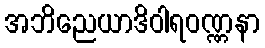
အဘိညေယာဒိဝါရဝဏ္ဏနာ